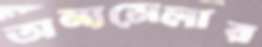
অন্যমেলার